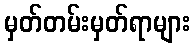
မှတ်တမ်းမှတ်ရာများ